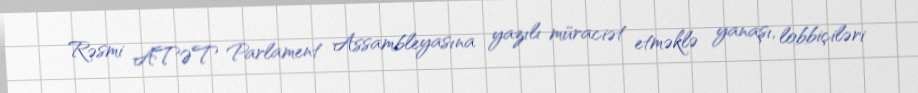
Rəsmi ATƏT Parlament Assambleyasına yazılı müraciət etməklə yanaşı, lobbiçiləri